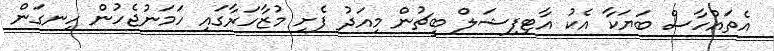
އެތައްހާސް ބަޔަކާ އެކު އާޓިފިޝަލް ބީޗުން މިއަދު ފެށި މުޒާހަރާގައި ހަމަނުޖެހުން ހިނގަން